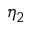
\eta _ { 2 }